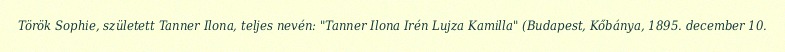
Török Sophie, született Tanner Ilona, teljes nevén: "Tanner Ilona Irén Lujza Kamilla" (Budapest, Kőbánya, 1895. december 10.